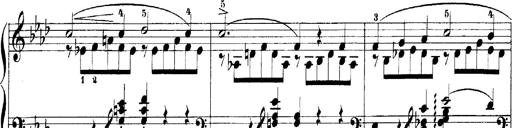
Title: LiebestrÃ¤ume
Composer: Franz Behr
Key: E-flat major